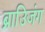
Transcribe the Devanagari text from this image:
ब्राउिजंग